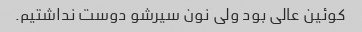
کوئین عالی بود ولی نون سیرشو دوست نداشتیم.